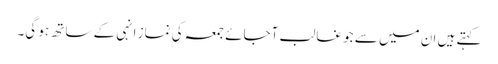
کہتے ہیں ان میں سے جو غالب آجائے جمعہ کی نماز انہی کے ساتھ ہو گی۔